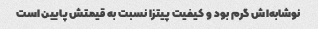
نوشابه‌اش گرم بود و کیفیت پیتزا نسبت به قیمتش پایین است